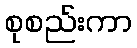
စုစည်းကာ